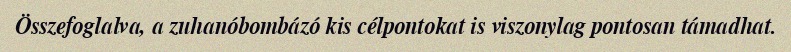
Összefoglalva, a zuhanóbombázó kis célpontokat is viszonylag pontosan támadhat.